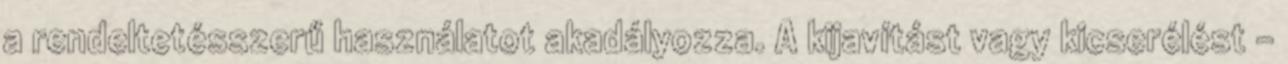
a rendeltetésszerű használatot akadályozza. A kijavítást vagy kicserélést –